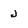
Character: J